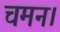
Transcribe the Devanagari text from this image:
चमन।